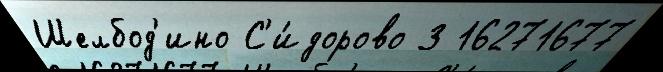
Шелбод'ино С'и́дорово 3 16271677